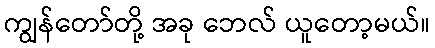
ကျွန်တော်တို့ အခု ဘေလ် ယူတော့မယ်။